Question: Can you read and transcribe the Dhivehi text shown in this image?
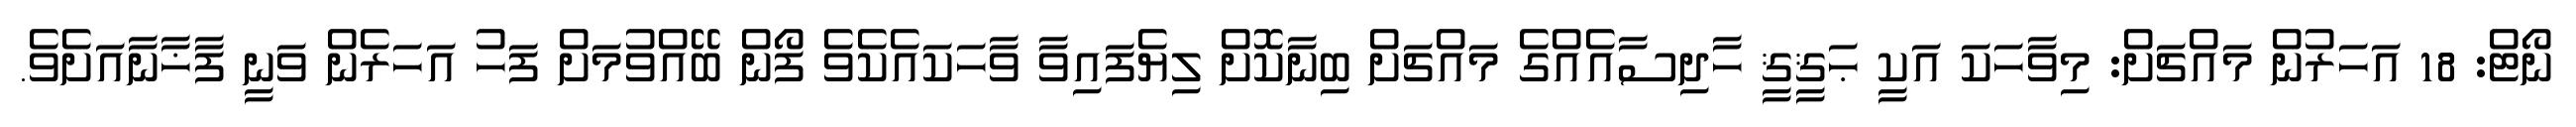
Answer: ނޯޓް: 18 އަހަރުން މައްޗަށް: މިވާހަކަ އަކީ ޙަޤީޤީ ހާދިސާއެއްގެ މައްޗަށް ބިނާކޮށް ލިޔެފައިވާ ވާހަކައެކެވެ ފޯން ބޭއްވުމަށް ފަހު އަހަރެން ވަނީ ފާޚާނާއަށެވެ.